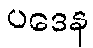
ပဒေန